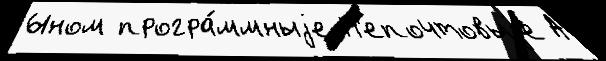
Ыном програ́ммныjе Н'епочтовыjе А